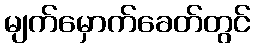
မျက်မှောက်ခေတ်တွင်